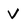
Character: V